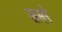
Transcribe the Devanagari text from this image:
ज़मरे